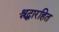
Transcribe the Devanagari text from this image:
श्रद्धारहित